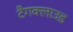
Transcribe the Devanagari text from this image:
टैगक्लाउड